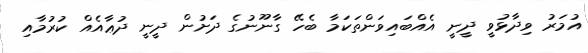
އުމަރު ވިދާޅުވީ ދީނީ އެއްބައިވަންތަކަމާ ބެހޭ ގާނޫނުގެ ދަށުން ދީނީ ދުޢާއެއް ކުރުމާއި